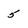
Character: 5